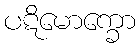
ပဋိမောက္ခော